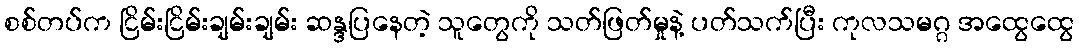
စစ်တပ်က ငြိမ်းငြိမ်းချမ်းချမ်း ဆန္ဒပြနေတဲ့ သူတွေကို သတ်ဖြတ်မှုနဲ့ ပတ်သက်ပြီး ကုလသမဂ္ဂ အထွေထွေ